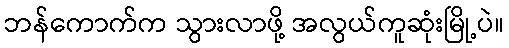
ဘန်ကောက်က သွားလာဖို့ အလွယ်ကူဆုံးမြို့ပဲ။